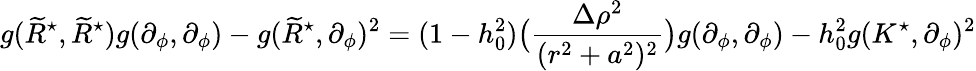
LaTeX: g(\widetilde{R}^{\star},\widetilde{R}^{\star})g(\partial_{\phi},\partial_{\phi})-g(\widetilde{R}^{\star},\partial_{\phi})^{2}=(1-h_{0}^{2})\big(\frac{\Delta\rho^{2}}{(r^{2}+a^{2})^{2}}\big)g(\partial_{\phi},\partial_{\phi})-h_{0}^{2}g(K^{\star},\partial_{\phi})^{2}